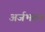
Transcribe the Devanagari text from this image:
अर्जभरून